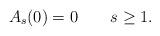
LaTeX: \begin{align*}A_s(0)=0\qquad s\ge 1.\end{align*}